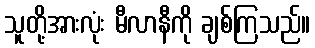
သူတို့အားလုံး မီလာနီကို ချစ်ကြသည်။